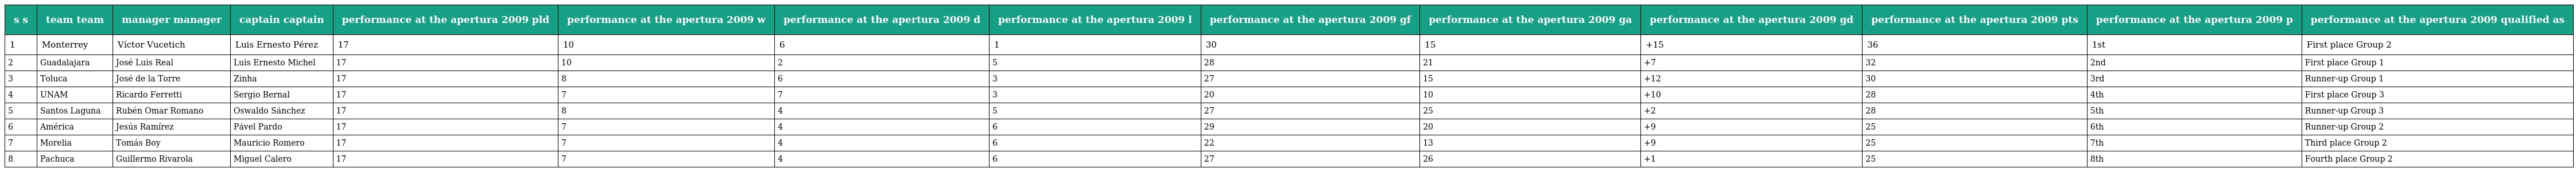
| s s | team team | manager manager | captain captain | performance at the apertura 2009 pld | performance at the apertura 2009 w | performance at the apertura 2009 d | performance at the apertura 2009 l | performance at the apertura 2009 gf | performance at the apertura 2009 ga | performance at the apertura 2009 gd | performance at the apertura 2009 pts | performance at the apertura 2009 p | performance at the apertura 2009 qualified as |
 | --- | --- | --- | --- | --- | --- | --- | --- | --- | --- | --- | --- | --- | --- |
 | 1 | Monterrey | Víctor Vucetich | Luis Ernesto Pérez | 17 | 10 | 6 | 1 | 30 | 15 | +15 | 36 | 1st | First place Group 2 |
 | 2 | Guadalajara | José Luis Real | Luis Ernesto Michel | 17 | 10 | 2 | 5 | 28 | 21 | +7 | 32 | 2nd | First place Group 1 |
 | 3 | Toluca | José de la Torre | Zinha | 17 | 8 | 6 | 3 | 27 | 15 | +12 | 30 | 3rd | Runner-up Group 1 |
 | 4 | UNAM | Ricardo Ferretti | Sergio Bernal | 17 | 7 | 7 | 3 | 20 | 10 | +10 | 28 | 4th | First place Group 3 |
 | 5 | Santos Laguna | Rubén Omar Romano | Oswaldo Sánchez | 17 | 8 | 4 | 5 | 27 | 25 | +2 | 28 | 5th | Runner-up Group 3 |
 | 6 | América | Jesús Ramírez | Pável Pardo | 17 | 7 | 4 | 6 | 29 | 20 | +9 | 25 | 6th | Runner-up Group 2 |
 | 7 | Morelia | Tomás Boy | Mauricio Romero | 17 | 7 | 4 | 6 | 22 | 13 | +9 | 25 | 7th | Third place Group 2 |
 | 8 | Pachuca | Guillermo Rivarola | Miguel Calero | 17 | 7 | 4 | 6 | 27 | 26 | +1 | 25 | 8th | Fourth place Group 2 |